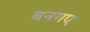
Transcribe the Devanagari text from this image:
बनगए